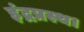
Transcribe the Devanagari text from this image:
इंद्रप्रस्थ।